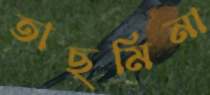
তাছমিনা